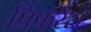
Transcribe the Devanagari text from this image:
प्रिफरेंस